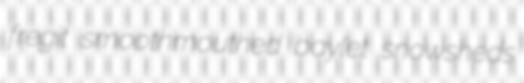
fregit smoothmouthed baylet snowsheds